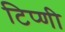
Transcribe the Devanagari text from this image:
टिप्णी